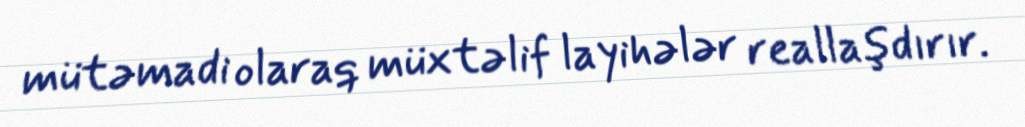
mütəmadi olaraq müxtəlif layihələr reallaşdırır.